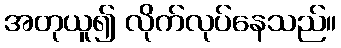
အတုယူ၍ လိုက်လုပ်နေသည်။